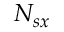
N _ { s x }